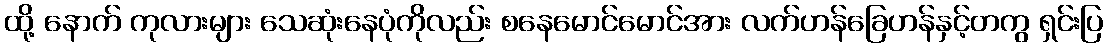
ထို့ နောက် ကုလားများ သေဆုံးနေပုံကိုလည်း စနေမောင်မောင်အား လက်ဟန်ခြေဟန်နှင့်တကွ ရှင်းပြ